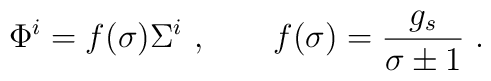
\Phi^i=f(\sigma)\Sigma^i\ ,\qquad f(\sigma)={g_s\over \sigma\pm1}\ .